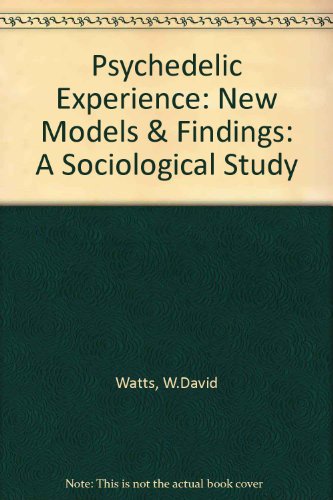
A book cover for Psychedelic Experience. A Sociological Study; W.David Watts; Health, Fitness & Dieting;